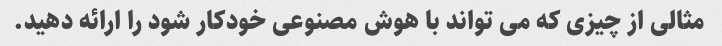
مثالی از چیزی که می تواند با هوش مصنوعی خودکار شود را ارائه دهید.